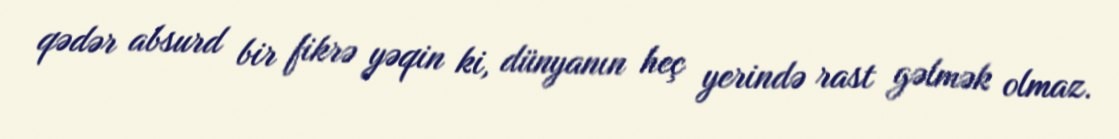
qədər absurd bir fikrə yəqin ki, dünyanın heç yerində rast gəlmək olmaz.